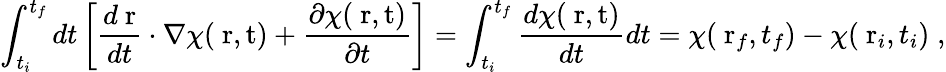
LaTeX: \int_{t_{i}}^{t_{f}}dt\left[\frac{d\mathrm{\mathbf~r}}{dt}\cdot\nabla\chi(\mathrm{{\mathbf~r},t})+\frac{\partial\chi(\mathrm{{\mathbf~r},t})}{\partial t}\right]=\int_{t_{i}}^{t_{f}}\frac{d\chi(\mathrm{{\mathbf~r},t})}{dt}dt=\chi(\mathrm{\mathbf~r}_{f},t_{f})-\chi(\mathrm{\mathbf~r}_{i},t_{i})\; ,